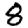
Digit: 8